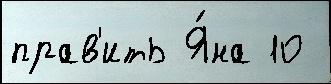
прав'ить Я́на 10